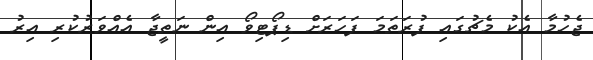
ޖެހުމާ އެކު މެޗުގައި ފުރަތަމަ ފަހަރަށް ޑިޕޯޓިވޯ އިން ނަތީޖާ އެއްވަރުކުރި އިރު